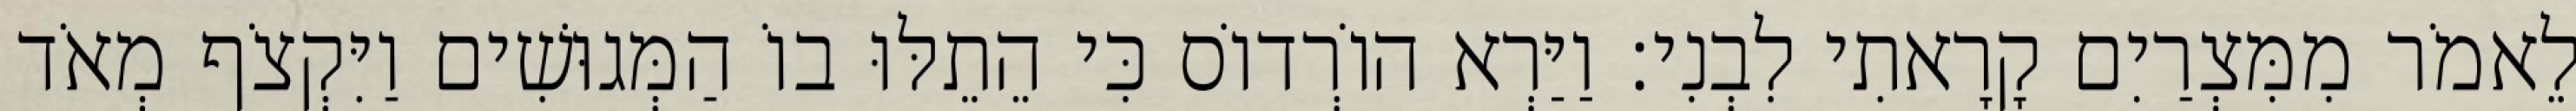
לֵאמֹר מִמִּצְרַיִם קָרָאתִי לִבְנִי׃ וַיַּרְא הוֹרְדוֹס כִּי הֵתֵלּוּ בוֹ הַמְּגוּשִׁים וַיִּקְצֹף מְאֹד